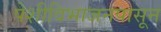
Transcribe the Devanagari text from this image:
पेशीविभाजनपासून